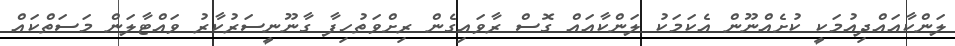
ލަންކާއައްދިއުމަކީ ކުށެއްނޫން އެކަމަކު ލަންކާއައް ގޮސް ރާވައިގެން ރިށްވަތުހިފާ ގާނޫނީސަރުކާރު ވައްޓާލަން މަސަތްކައް